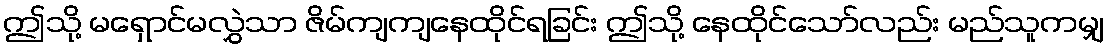
ဤသို့ မရှောင်မလွှဲသာ ဇိမ်ကျကျနေထိုင်ရခြင်း ဤသို့ နေထိုင်သော်လည်း မည်သူကမျှ